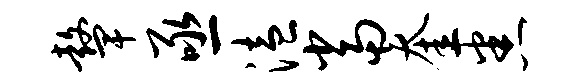
鼙亟溘当奎悉